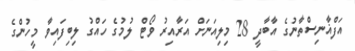
އަފްޣާނިސްތާނުގެ އާބާދީ 28 މިލިއަނަށް އަރާއިރު ވޯޓް ލުމުގެ ހައްގު ލިބިފައިވާ މީހުންގެ